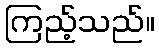
ကြည့်သည်။